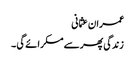
عمران عثمانی
زندگی پھر سے مسکرائے گی ۔